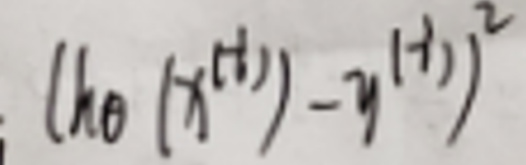
$( h o ( x ^ { ( t ) } ) - y ^ { ( t ) } ) ^ { 2 }$